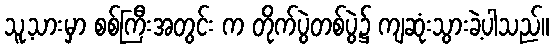
သူ့သားမှာ စစ်ကြီးအတွင်း က တိုက်ပွဲတစ်ပွဲ၌ ကျဆုံးသွားခဲ့ပါသည်။